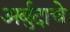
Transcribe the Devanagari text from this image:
अर्बुदाचे